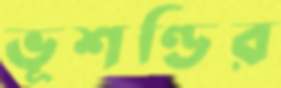
ভূশণ্ডির